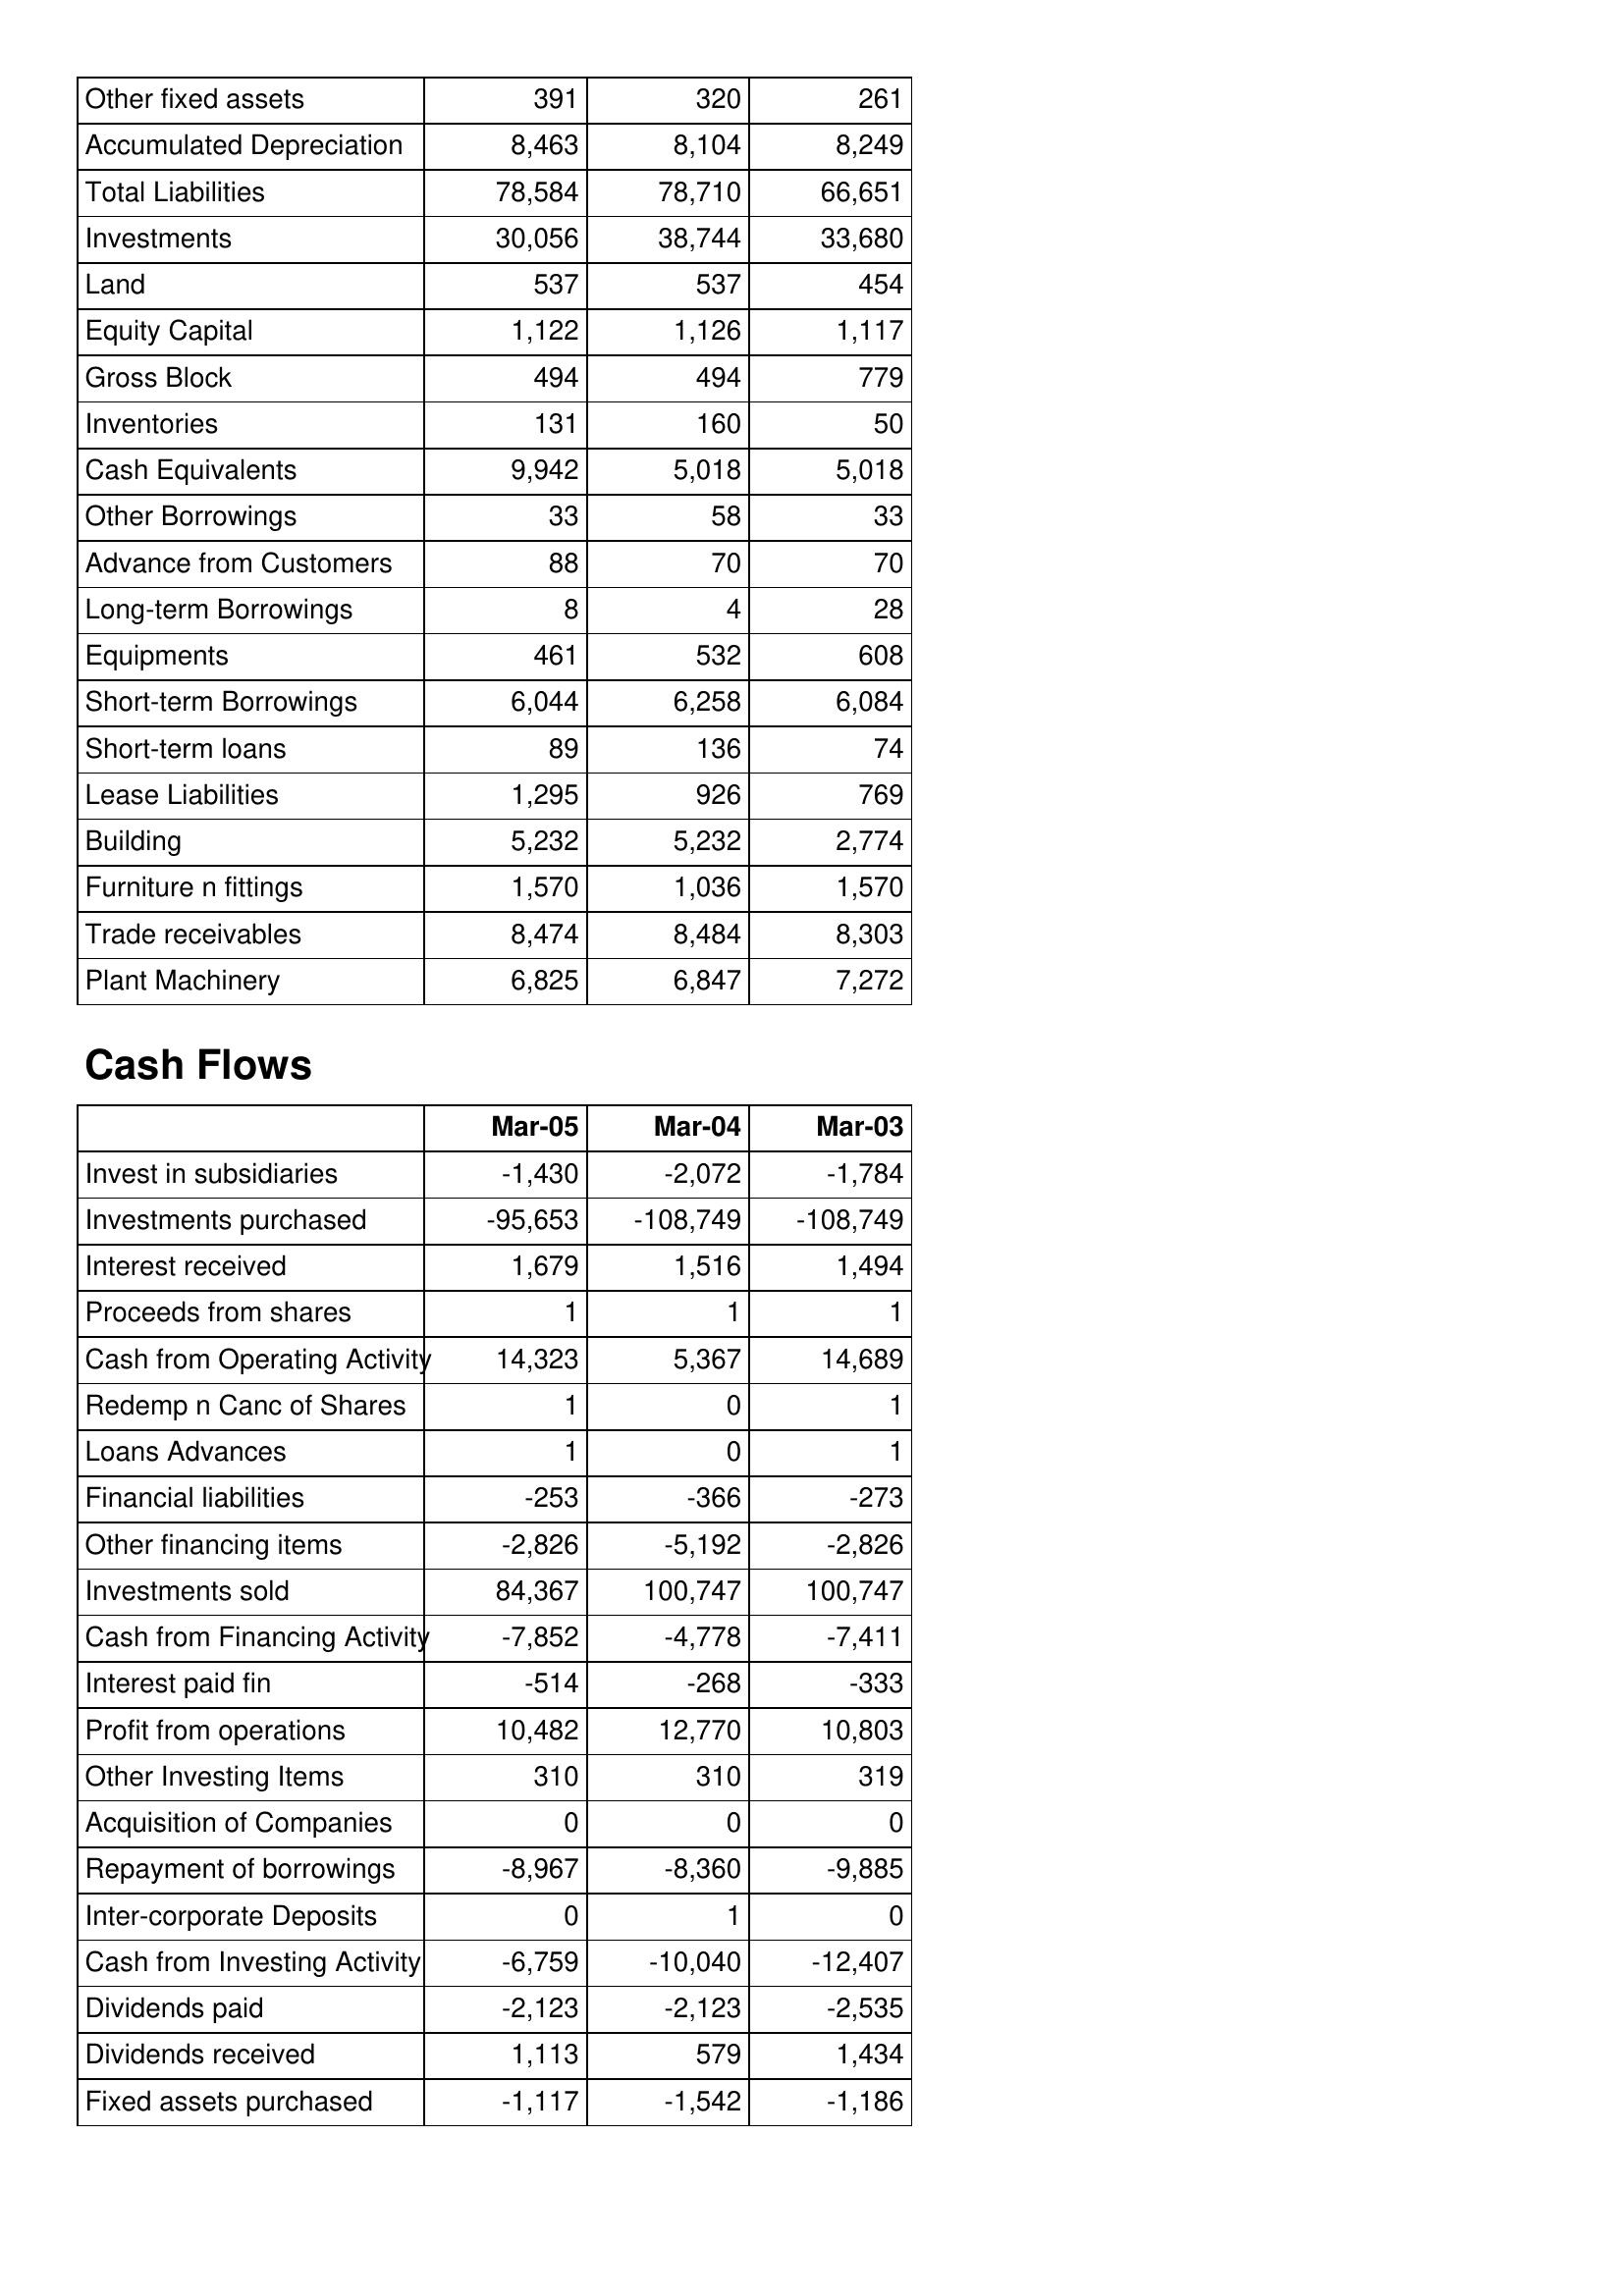
Mar-05: Balance Sheet: Other fixed assets: 391
Accumulated Depreciation: 8,463
Total Liabilities: 78,584
Investments: 30,056
Land: 537
Equity Capital: 1,122
Gross Block: 494
Inventories: 131
Cash Equivalents: 9,942
Other Borrowings: 33
Advance from Customers: 88
Long-term Borrowings: 8
Equipments: 461
Short-term Borrowings: 6,044
Short-term loans: 89
Lease Liabilities: 1,295
Building: 5,232
Furniture n fittings: 1,570
Trade receivables: 8,474
Plant Machinery: 6,825
Cash Flows: Invest in subsidiaries: -1,430
Investments purchased: -95,653
Interest received: 1,679
Proceeds from shares: 1
Cash from Operating Activity: 14,323
Redemp n Canc of Shares: 1
Loans Advances: 1
Financial liabilities: -253
Other financing items: -2,826
Investments sold: 84,367
Cash from Financing Activity: -7,852
Interest paid fin: -514
Profit from operations: 10,482
Other Investing Items: 310
Acquisition of Companies: 0
Repayment of borrowings: -8,967
Inter-corporate Deposits: 0
Cash from Investing Activity: -6,759
Dividends paid: -2,123
Dividends received: 1,113
Fixed assets purchased: -1,117
Mar-04: Balance Sheet: Other fixed assets: 320
Accumulated Depreciation: 8,104
Total Liabilities: 78,710
Investments: 38,744
Land: 537
Equity Capital: 1,126
Gross Block: 494
Inventories: 160
Cash Equivalents: 5,018
Other Borrowings: 58
Advance from Customers: 70
Long-term Borrowings: 4
Equipments: 532
Short-term Borrowings: 6,258
Short-term loans: 136
Lease Liabilities: 926
Building: 5,232
Furniture n fittings: 1,036
Trade receivables: 8,484
Plant Machinery: 6,847
Cash Flows: Invest in subsidiaries: -2,072
Investments purchased: -108,749
Interest received: 1,516
Proceeds from shares: 1
Cash from Operating Activity: 5,367
Redemp n Canc of Shares: 0
Loans Advances: 0
Financial liabilities: -366
Other financing items: -5,192
Investments sold: 100,747
Cash from Financing Activity: -4,778
Interest paid fin: -268
Profit from operations: 12,770
Other Investing Items: 310
Acquisition of Companies: 0
Repayment of borrowings: -8,360
Inter-corporate Deposits: 1
Cash from Investing Activity: -10,040
Dividends paid: -2,123
Dividends received: 579
Fixed assets purchased: -1,542
Mar-03: Balance Sheet: Other fixed assets: 261
Accumulated Depreciation: 8,249
Total Liabilities: 66,651
Investments: 33,680
Land: 454
Equity Capital: 1,117
Gross Block: 779
Inventories: 50
Cash Equivalents: 5,018
Other Borrowings: 33
Advance from Customers: 70
Long-term Borrowings: 28
Equipments: 608
Short-term Borrowings: 6,084
Short-term loans: 74
Lease Liabilities: 769
Building: 2,774
Furniture n fittings: 1,570
Trade receivables: 8,303
Plant Machinery: 7,272
Cash Flows: Invest in subsidiaries: -1,784
Investments purchased: -108,749
Interest received: 1,494
Proceeds from shares: 1
Cash from Operating Activity: 14,689
Redemp n Canc of Shares: 1
Loans Advances: 1
Financial liabilities: -273
Other financing items: -2,826
Investments sold: 100,747
Cash from Financing Activity: -7,411
Interest paid fin: -333
Profit from operations: 10,803
Other Investing Items: 319
Acquisition of Companies: 0
Repayment of borrowings: -9,885
Inter-corporate Deposits: 0
Cash from Investing Activity: -12,407
Dividends paid: -2,535
Dividends received: 1,434
Fixed assets purchased: -1,186